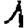
Digit: 1